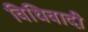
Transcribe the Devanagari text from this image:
विधिवादी